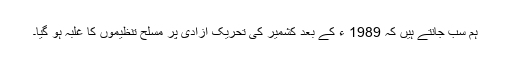
ہم سب جانتے ہیں کہ 1989 ء کے بعد کشمیر کی تحریکِ آزادی پر مسلح تنظیموں کا غلبہ ہو گیا۔